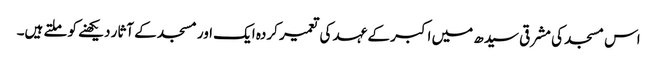
اس مسجد کی مشرقی سیدھ میں اکبر کے عہد کی تعمیر کردہ ایک اور مسجد کے آثار دیکھنے کو ملتے ہیں۔